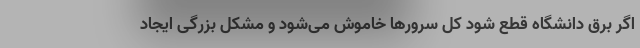
اگر برق دانشگاه قطع شود کل سرورها خاموش می‌شود و مشکل بزرگی ایجاد